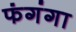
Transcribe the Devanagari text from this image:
फंगंगा